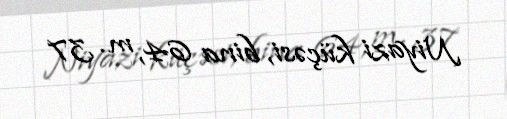
Niyazi küçəsi, bina 64, m. 37